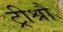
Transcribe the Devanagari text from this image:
ट्रीश्रौ